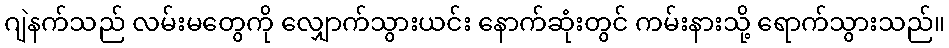
ဂျဲနက်သည် လမ်းမတွေကို လျှောက်သွားယင်း နောက်ဆုံးတွင် ကမ်းနားသို့ ရောက်သွားသည်။